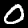
Label: 0